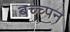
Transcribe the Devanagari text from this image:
बच्च्पन